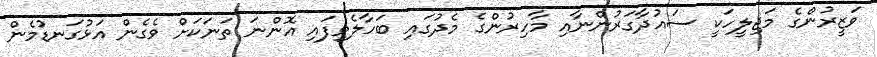
ވަޒީރުންގެ މަޖިލީހަކީ ސައުދާގަރުންނާއި މާހިރުންގެ މެދުގައި ބަހާލެވިފައި އޮންނަ ތަނަކަށް ވެގެން އަޅުގަނޑުމެން